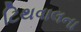
ટિથવાલના